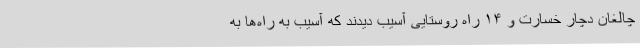
چالغان دچار خسارت و ۱۴ راه روستایی آسیب دیدند که آسیب به راه‌ها به